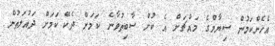
އެހެންކަމުން ސިޔާމްގެ މައްޗަށް އެ ކުށް ސާބިތުވާނެ ކަމަށް ދެކޭ ކަމަށް ދައުލަތުން